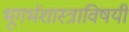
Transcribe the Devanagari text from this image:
भूगर्भशास्त्राविषयी